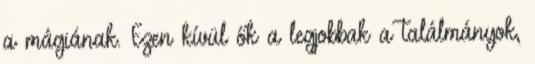
a mágiának. Ezen kívül ők a legjobbak a találmányok,